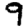
Digit: 9